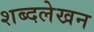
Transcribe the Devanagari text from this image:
शब्दलेखन